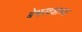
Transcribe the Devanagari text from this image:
बेभरवशाच्या